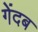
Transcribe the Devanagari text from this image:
गेंदब